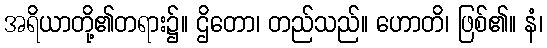
အရိယာတို့၏တရား၌။ ဌိတော၊ တည်သည်။ ဟောတိ၊ ဖြစ်၏။ နံ၊